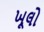
ખૂલો